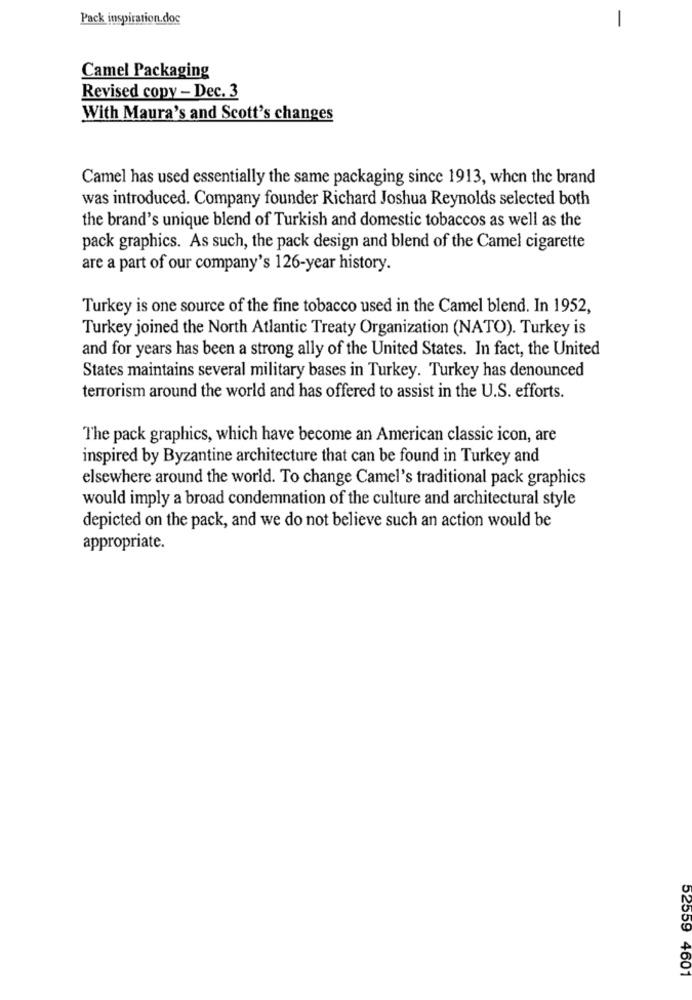
Pack inspiration.doc
-
Camel Packaging
Revised copy - Dec. 3
With Maura's and Scott's changes
Camel has used essentially the same packaging since 1913, when the brand
was introduced. Company founder Richard Joshua Reynolds selected both
the brand's unique blend of Turkish and domestic tobaccos as well as the
pack graphics. As such, the pack design and blend of the Camel cigarette
are a part of our company's 126-year history.
Turkey is one source of the fine tobacco used in the Camel blend. In 1952,
Turkey joined the North Atlantic Treaty Organization (NATO). Turkey is
and for years has been a strong ally of the United States. In fact, the United
States maintains several military bases in Turkey. Turkey has denounced
terrorism around the world and has offered to assist in the U.S. efforts.
The pack graphics, which have become an American classic icon, are
inspired by Byzantine architecture that can be found in Turkey and
elsewhere around the world. To change Camel's traditional pack graphics
would imply a broad condemnation of the culture and architectural style
depicted on the pack, and we do not believe such an action would be
appropriate.
52559 4601